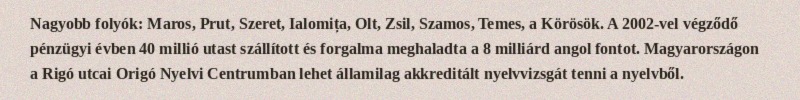
Nagyobb folyók: Maros, Prut, Szeret, Ialomița, Olt, Zsil, Szamos, Temes, a Körösök. A 2002-vel végződő pénzügyi évben 40 millió utast szállított és forgalma meghaladta a 8 milliárd angol fontot. Magyarországon a Rigó utcai Origó Nyelvi Centrumban lehet államilag akkreditált nyelvvizsgát tenni a nyelvből.